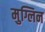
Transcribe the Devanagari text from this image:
मुग्लिन